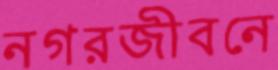
নগরজীবনে